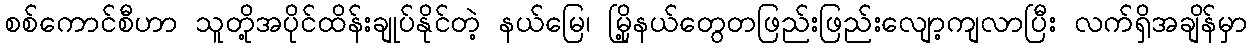
စစ်ကောင်စီဟာ သူတို့အပိုင်ထိန်းချုပ်နိုင်တဲ့ နယ်မြေ၊ မြို့နယ်တွေတဖြည်းဖြည်းလျော့ကျလာပြီး လက်ရှိအချိန်မှာ